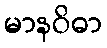
မာနဝိဓာ